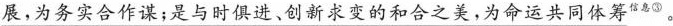
\underline{展，为务实合作谋；是与时俱进、创新求变的和合之美，为命运共同体筹^{信息③}。}